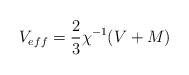
LaTeX: \begin{align*}V_{eff}=\frac{2}{3}\chi^{-1}(V+M) \end{align*}